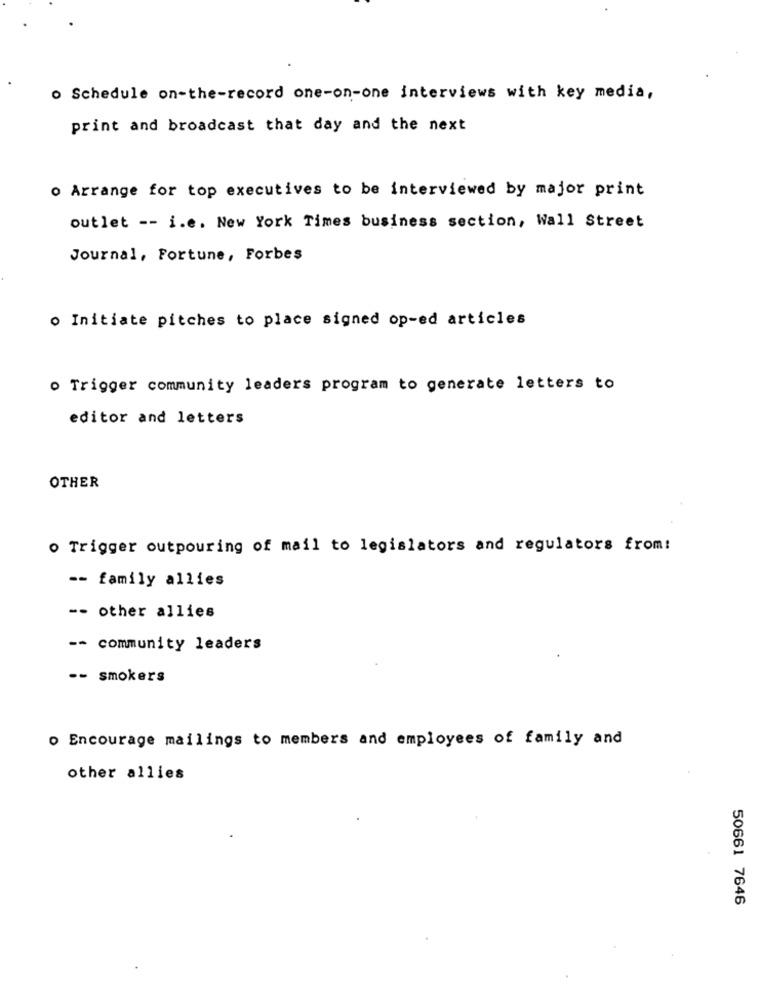
o Schedule on-the-record one-on-one interviews with key media,
print and broadcast that day and the next
o Arrange for top executives to be interviewed by major print
outlet -- i.e. New York Times business section, Wall Street
Journal, Fortune, Forbes
o Initiate pitches to place signed op-ed articles
o Trigger community leaders program to generate letters to
editor and letters
OTHER
o Trigger outpouring of mail to legislators and regulators from:
-- family allies
-- other allies
-- community leaders
-- smokers
o Encourage mailings to members and employees of family and
other allies
50661 7646